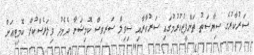
ސަރުކާރުގެ ސިޔާސަތު ތަންފީޒުކުރުމުގައި ސަރުކާރާއި ސިވިލް ސަރވިސް ކޮމިޝަނާ ދެމެދު ވިލަރެސްކުރާ ކޮމިޓީއަށް